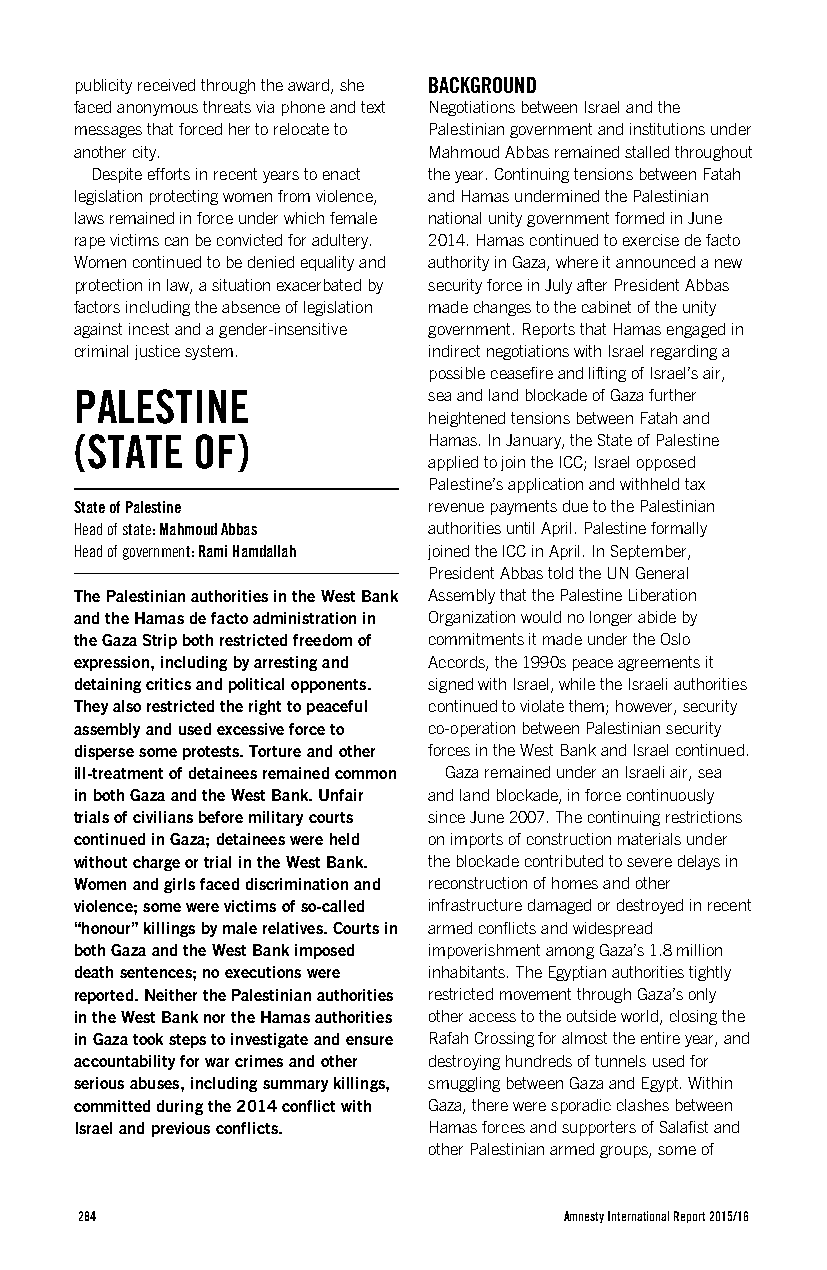
publicity received through the award, she BACKGROUND
 faced anonymous threats via phone and text Negotiations between Israel and the
 messages that forced her to relocate to Palestinian government and institutions under
 another city.          Mahmoud Abbas remained stalled throughout
 Despite efforts in recent years to enact the year. Continuing tensions between Fatah
 legislation protecting women from violence, and Hamas undermined the Palestinian
 laws remained in force under which female national unity government formed in June
 rape victims can be convicted for adultery. 2014. Hamas continued to exercise de facto
 Women continued to be denied equality and authority in Gaza, where it announced a new
 protection in law, a situation exacerbated by security force in July after President Abbas
 factors including the absence of legislation made changes to the cabinet of the unity
 against incest and a gender-insensitive government. Reports that Hamas engaged in
 criminal justice system. indirect negotiations with Israel regarding a
 possible ceasefire and lifting of Israel’s air,
 PALESTINE              sea and land blockade of Gaza further
 heightened tensions between Fatah and
 (STATE  OF)            Hamas. In January, the State of Palestine
 applied to join the ICC; Israel opposed
 Palestine’s application and withheld tax
 State of Palestine     revenue payments due to the Palestinian
 Head of state: Mahmoud Abbas authorities until April. Palestine formally
 Head of government: Rami Hamdallah joined the ICC in April. In September,
 President Abbas told the UN General
 The Palestinian authorities in the West Bank Assembly that the Palestine Liberation
 and the Hamas de facto administration in Organization would no longer abide by
 the Gaza Strip both restricted freedom of commitments it made under the Oslo
 expression, including by arresting and Accords, the 1990s peace agreements it
 detaining critics and political opponents. signed with Israel, while the Israeli authorities
 They also restricted the right to peaceful continued to violate them; however, security
 assembly and used excessive force to co-operation between Palestinian security
 disperse some protests. Torture and other forces in the West Bank and Israel continued.
 ill-treatment of detainees remained common Gaza remained under an Israeli air, sea
 in both Gaza and the West Bank. Unfair and land blockade, in force continuously
 trials of civilians before military courts since June 2007. The continuing restrictions
 continued in Gaza; detainees were held on imports of construction materials under
 without charge or trial in the West Bank. the blockade contributed to severe delays in
 Women and girls faced discrimination and reconstruction of homes and other
 violence; some were victims of so-called infrastructure damaged or destroyed in recent
 “honour” killings by male relatives. Courts in armed conflicts and widespread
 both Gaza and the West Bank imposed impoverishment among Gaza’s 1.8 million
 death sentences; no executions were inhabitants. The Egyptian authorities tightly
 reported. Neither the Palestinian authorities restricted movement through Gaza’s only
 in the West Bank nor the Hamas authorities other access to the outside world, closing the
 in Gaza took steps to investigate and ensure Rafah Crossing for almost the entire year, and
 accountability for war crimes and other destroying hundreds of tunnels used for
 serious abuses, including summary killings, smuggling between Gaza and Egypt. Within
 committed during the 2014 conflict with Gaza, there were sporadic clashes between
 Israel and previous conflicts. Hamas forces and supporters of Salafist and
 other Palestinian armed groups, some of
 284                             Amnesty International Report 2015/16